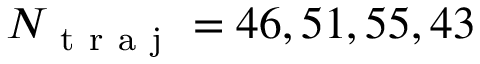
N _ { \mathrm { ~ t ~ r ~ a ~ j ~ } } = 4 6 , 5 1 , 5 5 , 4 3